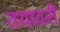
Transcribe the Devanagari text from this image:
तयावरी